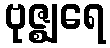
ဗုဇ္ဈရေ